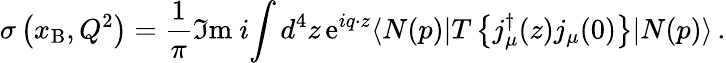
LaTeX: \sigma\left(x_{\mathrm{B}},Q^{2}\right)=\frac{1}{\pi}\Im\mathrm{m}\ i\! \int d^{4}z\, \mathrm{e}^{iq\cdot z}\langle N(p)|T\left\{ j_{\mu}^{\dagger}(z)j_{\mu}(0)\right\} |N(p)\rangle\, .